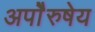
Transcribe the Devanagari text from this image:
अपाेेैरुषेय